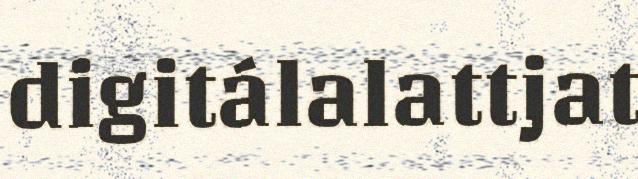
digitálalattjat